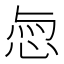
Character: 𢚎